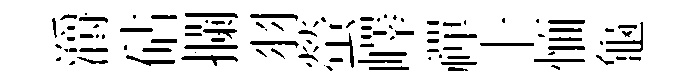
灂砧攔羽螢嶧禪十愐龜